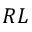
R L